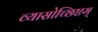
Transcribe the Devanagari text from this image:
व्यासोच्छिष्टम्